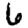
Digit: 6